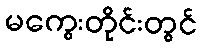
မကွေးတိုင်းတွင်